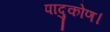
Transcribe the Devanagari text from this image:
पादुकोण।